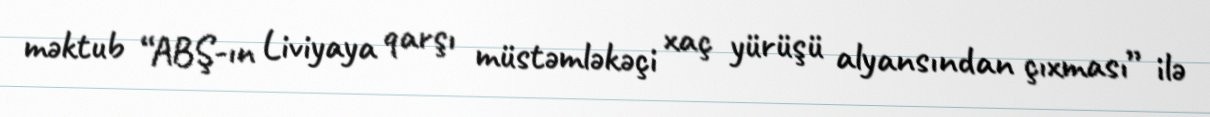
məktub “ABŞ-ın Liviyaya qarşı müstəmləkəçi xaç yürüşü alyansından çıxması” ilə